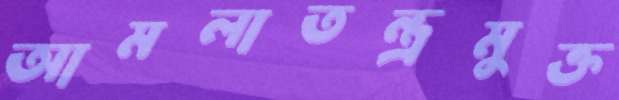
আমলাতন্ত্রমুক্ত